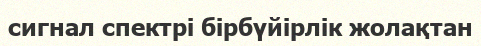
сигнал спектрі бірбүйірлік жолақтан